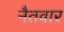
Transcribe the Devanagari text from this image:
नैतवार